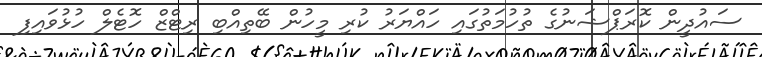
ސައުދީން ކޮރަޕްޝަނުގެ ތުހުމަތުގައި ހައްޔަރު ކުރި މީހުން ބޭތިއްބި ރިޓްޒް ހޮޓެލް ހުޅުވައިފި